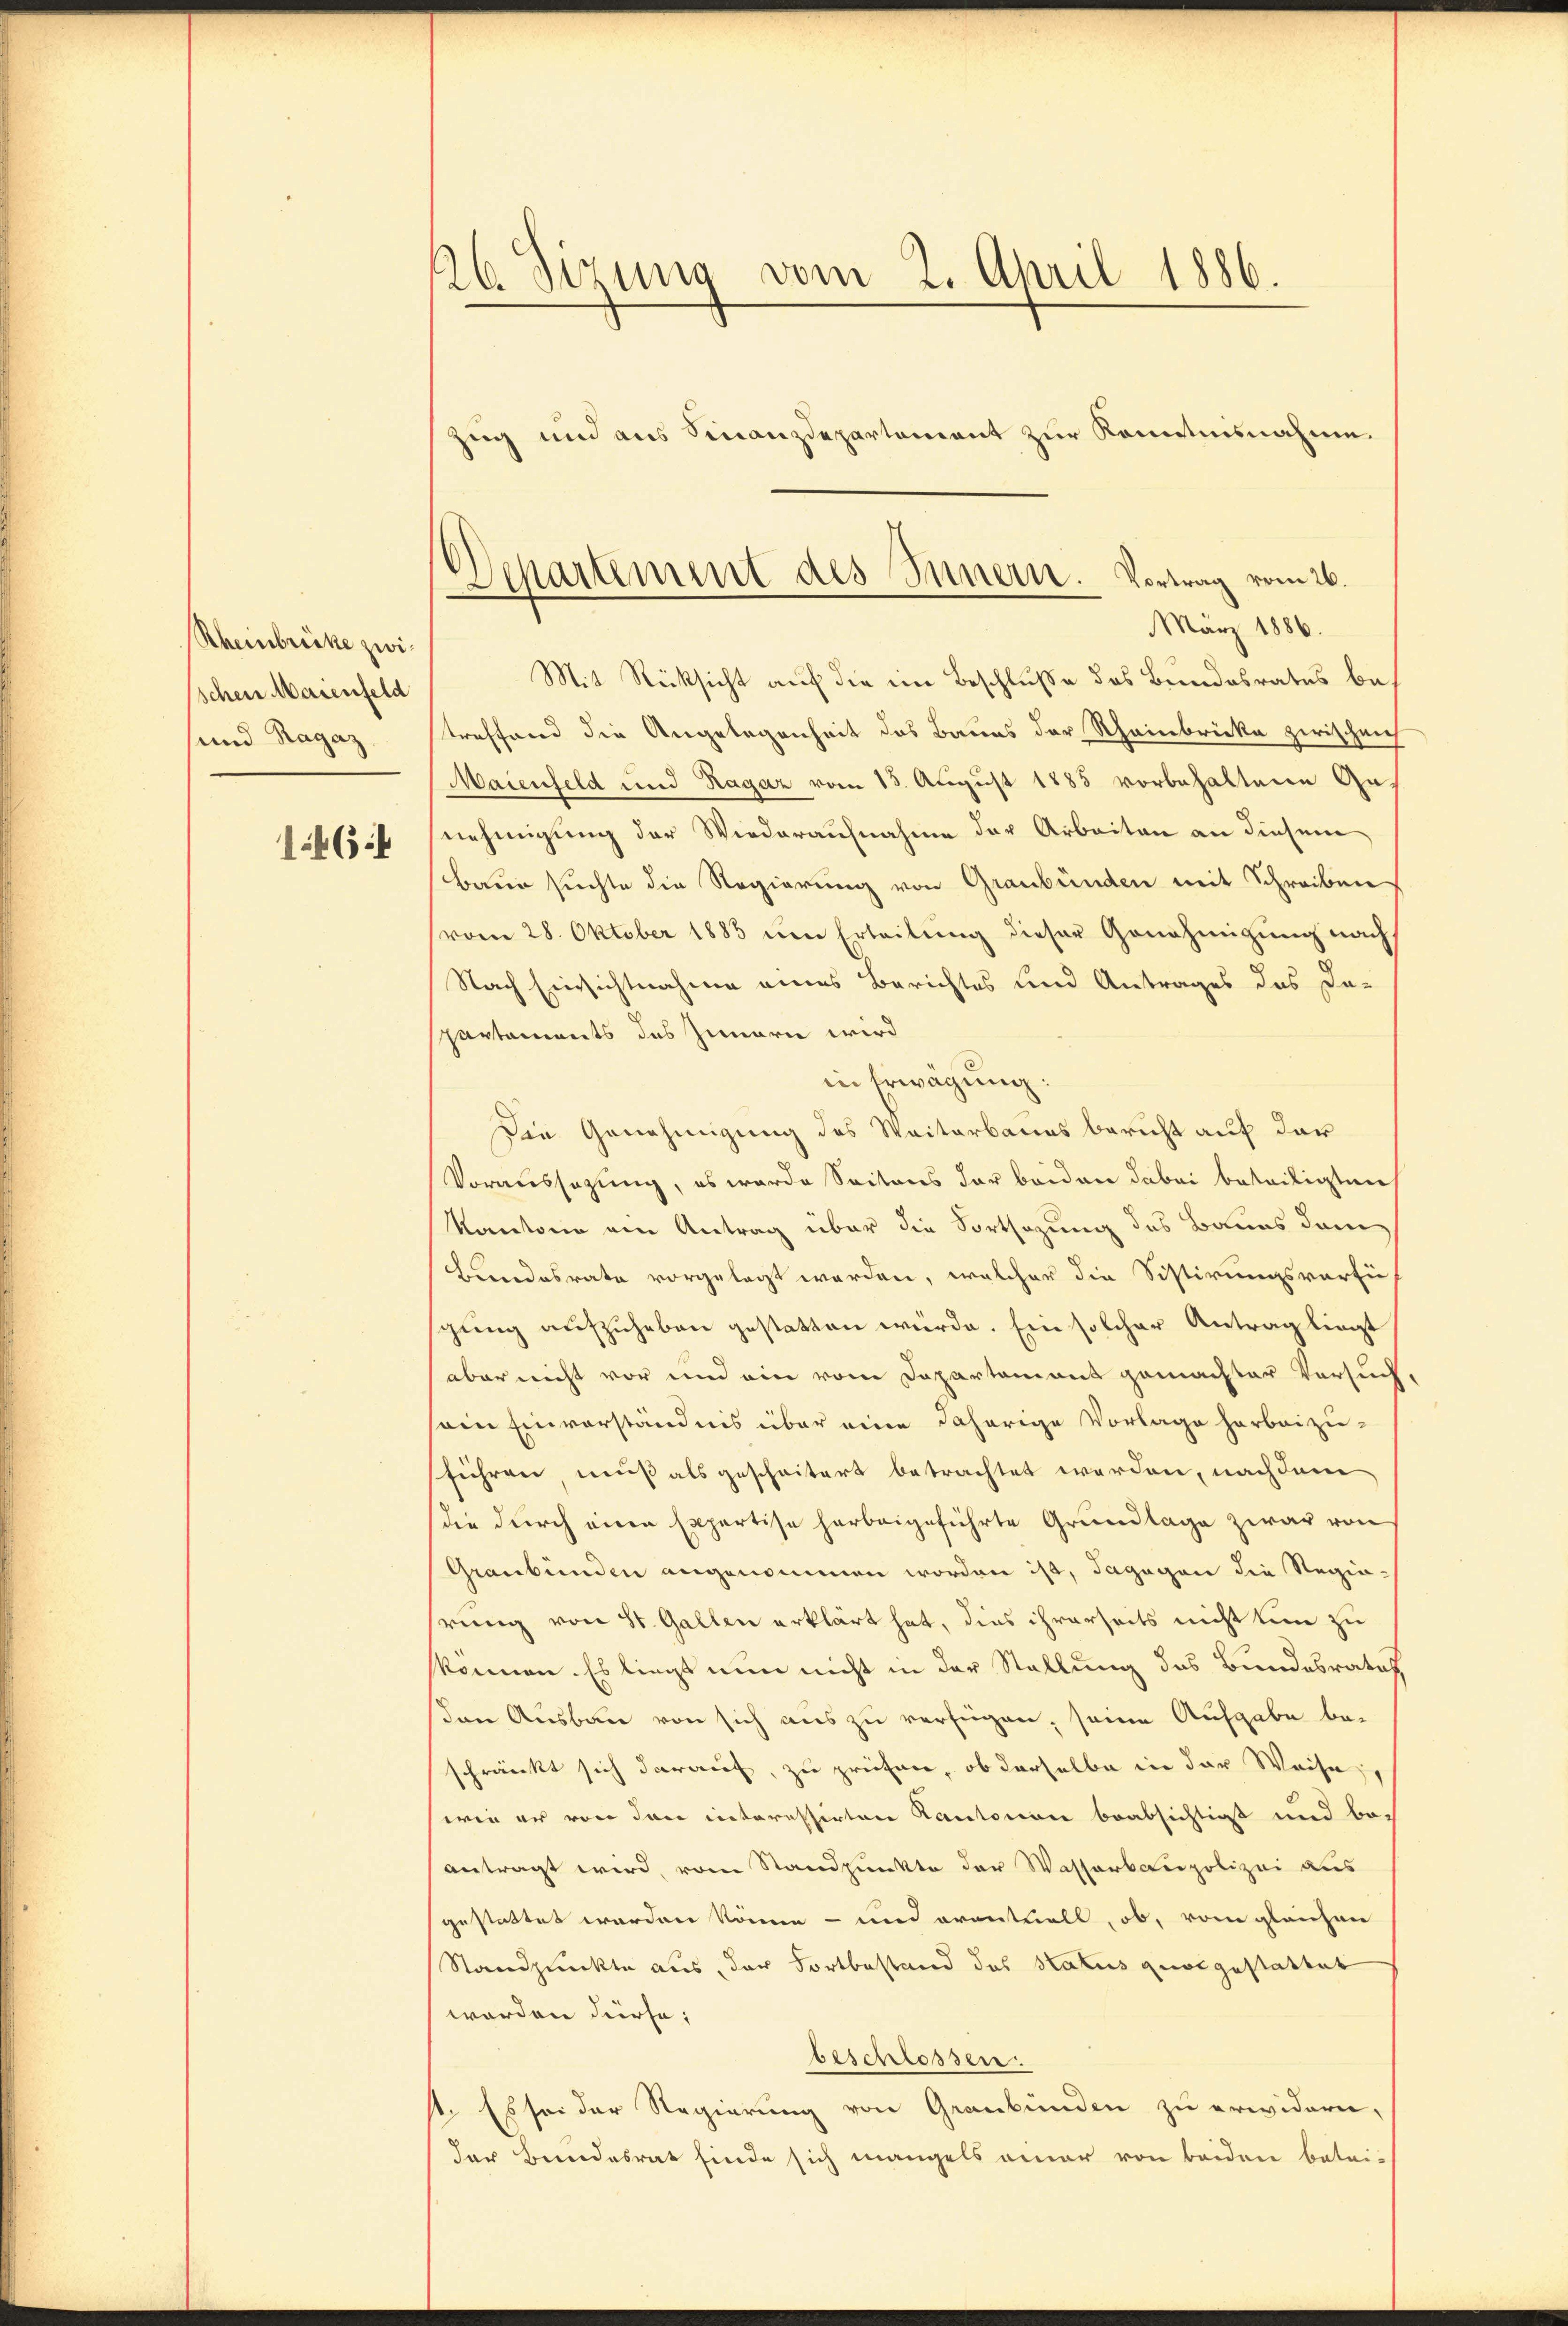
Rheinbrücke zwischen Maienfeld
und Ragaz
1464

26 Sizung vom 2. April 1886.
Zug und aus Finanzdepartement zur Kommnisnahme.

Departement des Innern. Vortrag vom 26.
März 1886.

Mit Rücksicht auf die im Beschluße des Bundesrates betreffend die Angelegenheit des Baues der Rheinbrücke zwischen
Maienfeld und Ragaz vom 15. August 1885 vorbehaltene Genehmigung der Wiederaufnahme der Arbeiten an diesem
Baun suchte die Regierung von Graubünden mit Schreiben
vom 28. Oktober 1883 ŭm Erteilŭng dieser Genehmigŭng nach
Nach Einsichtnahme eines Berichtes und Antrages das Da-
partements des Zinarie wird
in Erwägŭng:
Die Genehmigung des Waitarbaues bericht auf der
Voraussagung, es wurde Seitens der beiden dabei beteiligten
Kantone ein Antrag über die Fortsezung des Baues dem
Bundesrate vorgelegt werden, welcher die Sistirungsverfü
gung aufzuheben gestatten würde. Ein solcher Antrag liegt
aber nicht vor und ein vom Departement gemachter Versuch,
ain Einverständnis über eine daherige Vorlage herbeizu-
führen, muß als gescheitert betrachtet werden, nach dem
die durch eine Expertise herbeigeführte Grundlage zwar von
Graubünden angenommen worden ist, dagegen die Regiehrung von St. Gallen erklärt hat, dies ihrerseits nicht tun zu
können. Es liegt nun nicht in der Stellung das Bundesratet,
den Ausbau von sich aus zu verfügen, seine Aufgabe be-
schränkt sich darauf, zu prüfen, ob derselbe in der Weise,
wie er von den interessirten Kantorinne beabsichtigt und beantragt wird, vom Standpunkte der Wasserbaupolizei aus
gestattet werden könne - und eventuell, ob, vom gleichen
Standpunkte aus, der Fortbestand das Status quos gestattet
worden dürfe;
beschlossen.
st. Es sei der Regierung von Graubünden zu erwidern,
der Bundesrat finde sich mangels einer von beiden betri-